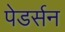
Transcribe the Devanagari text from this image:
पेडर्सन